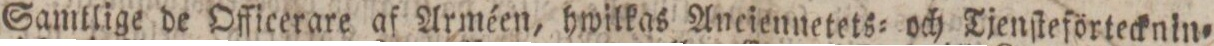
Samtlige de Officerare af Arméen, hwilkas Anciennetets= och Tjenſteförtecknin=